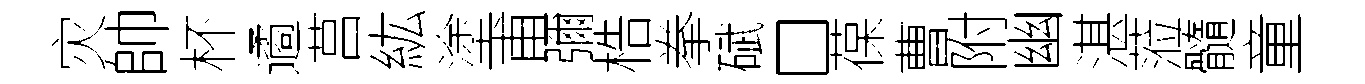
灾帥杯遹莒紘塗甫彌梏拳碔□葆曹附幽湛蒞髓童